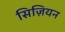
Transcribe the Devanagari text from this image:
सिज़ियन